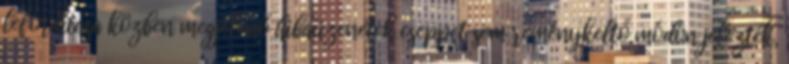
lefordítása közben megjelenő hibaüzenetek cseppet sem reménykeltő módon jelezték,